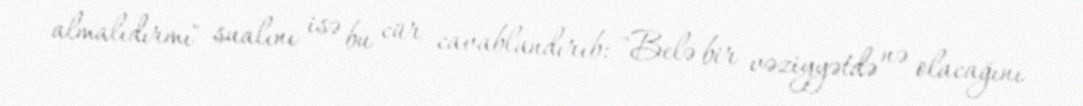
almalıdırmı" sualını isə bu cür cavablandırıb: "Belə bir vəziyyətdə nə olacağını